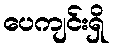
ပေကျင်းရှိ